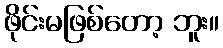
ဖိုင်းမဖြစ်တော့ ဘူး။